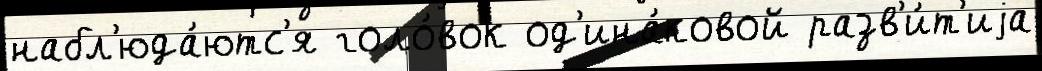
набл'юда́ютс'я голо́вок од'ина́ковой разв'и́т'иjа